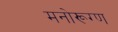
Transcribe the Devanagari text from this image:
मनोरूग्ण